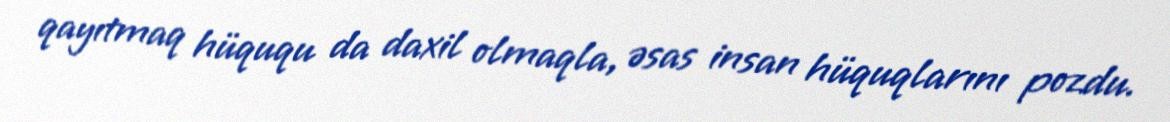
qayıtmaq hüququ da daxil olmaqla, əsas insan hüquqlarını pozdu.